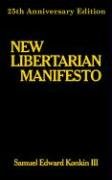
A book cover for New Libertarian Manifesto; Samuel Edward III Konkin; Law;